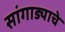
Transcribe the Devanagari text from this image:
सांगाड्याचे